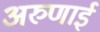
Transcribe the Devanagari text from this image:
अरुणाई